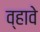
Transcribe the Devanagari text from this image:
व्‍हावे